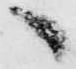
へ